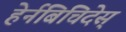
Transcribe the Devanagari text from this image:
हेर्नबिचिदेस्